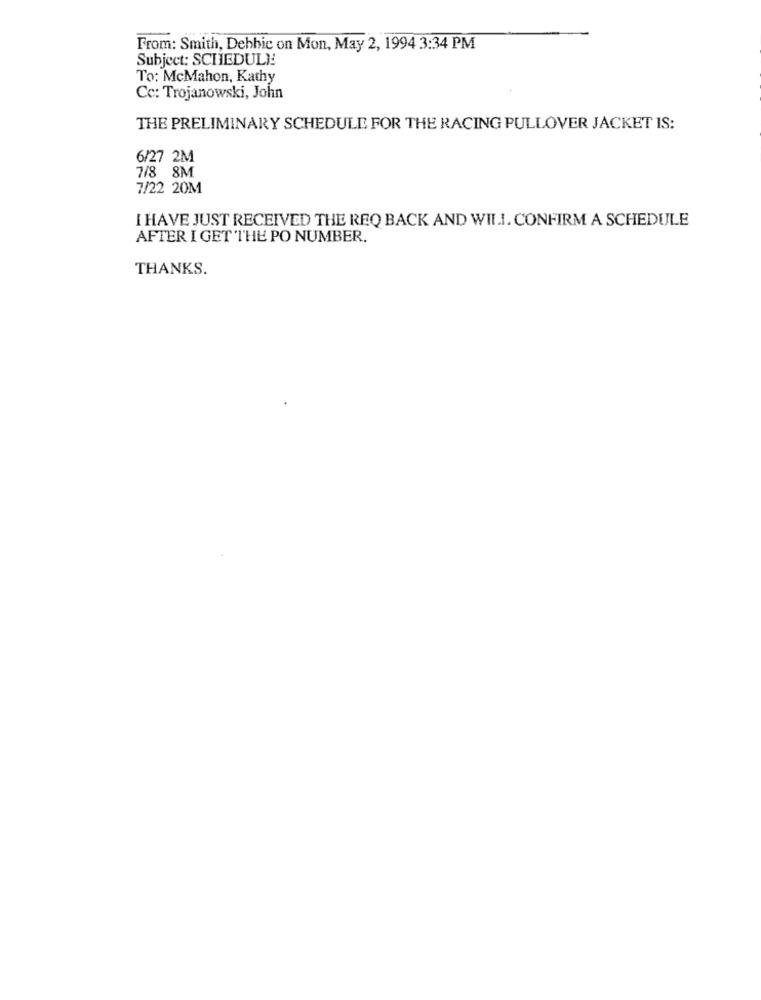
From: Smith, Debbie on Mon, May 2, 1994 3:34 PM
Subject: SCHEDULE!
To: McMahon, Kathy
Cc: Trojanowski, John
THE PRELIMINARY SCHEDULE FOR THE RACING PULLOVER JACKET IS:
6/27 2M
7/8 8M
7/22 20M
I HAVE JUST RECEIVED THE REQ BACK AND WILL. CONFIRM A SCHEDULE
AFTER I GET THE PO NUMBER.
THANKS.